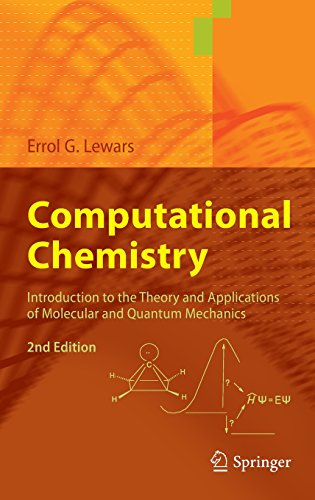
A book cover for Computational Chemistry: Introduction to the Theory and Applications of Molecular and Quantum Mechanics; Errol G. Lewars; Science & Math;